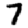
Digit: 7